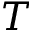
{ \cal T }